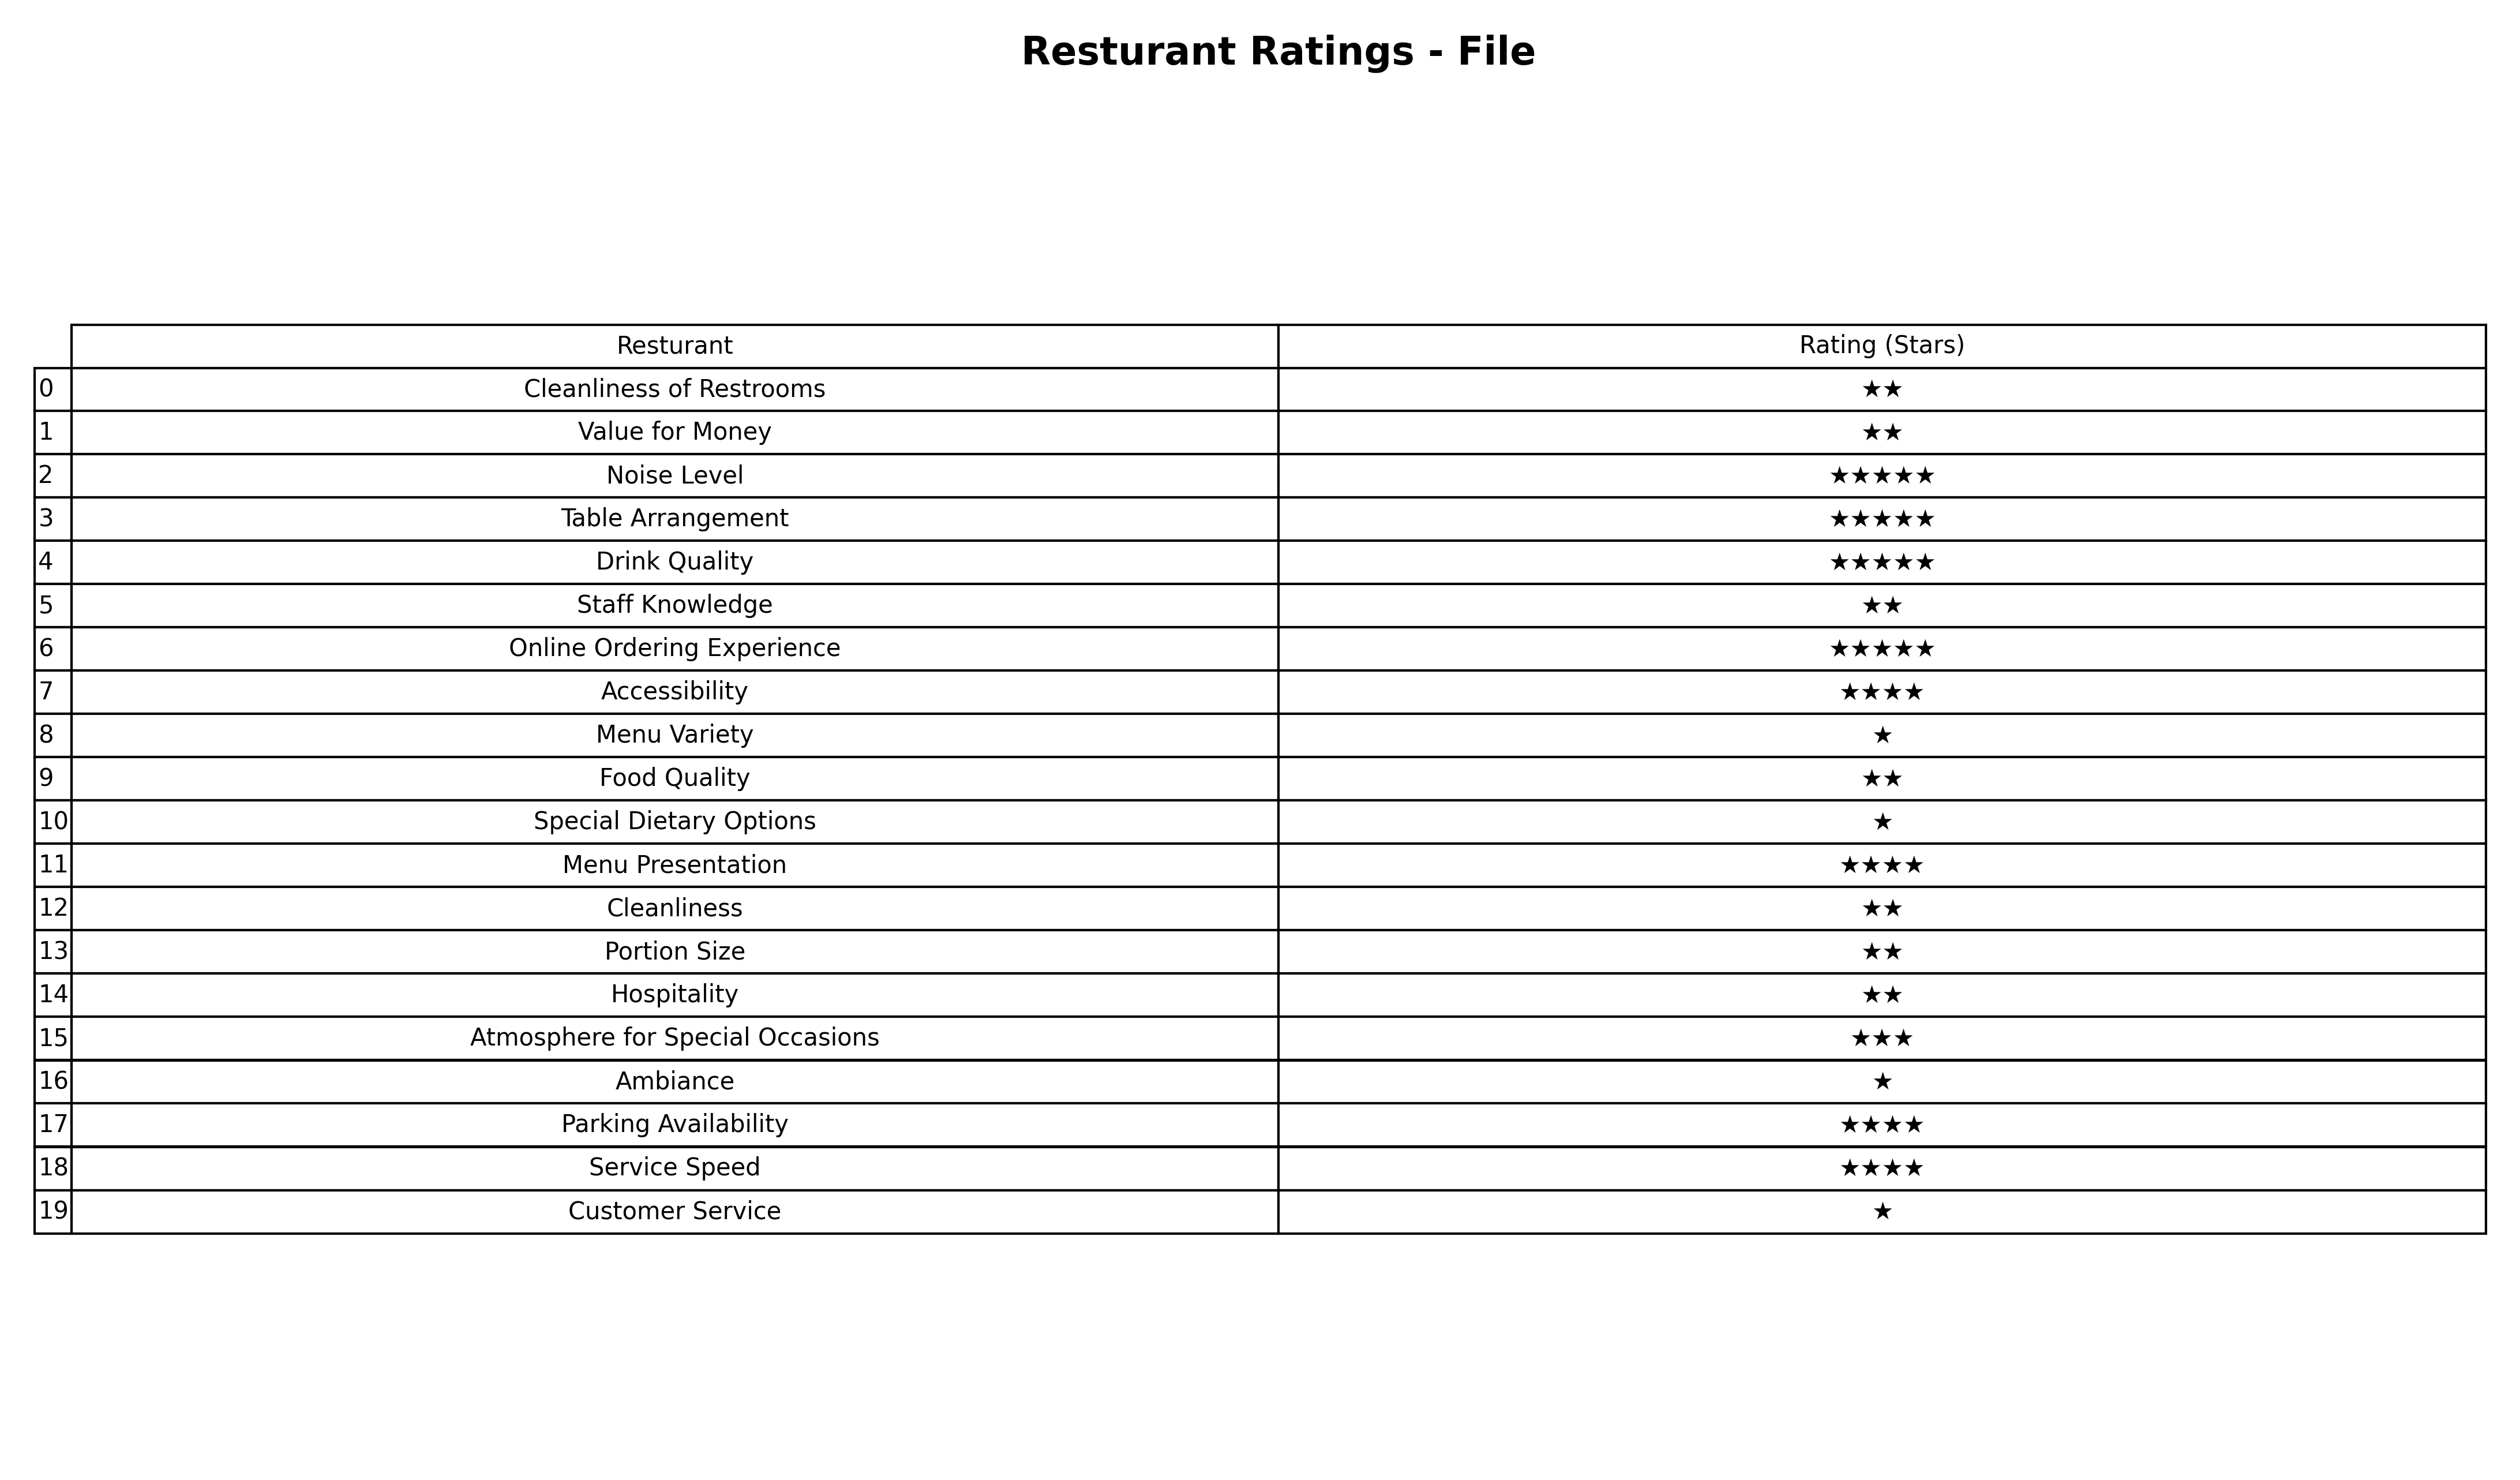
question: What are highest rating services?
answer: Cleanliness of RestroomsValue for MoneyStaff KnowledgeFood QualityCleanlinessPortion SizeHospitality